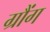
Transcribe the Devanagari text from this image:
ग्रौंग